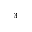
^ { - 3 }